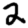
Digit: 2